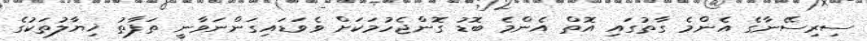
ސިރިސޭނާގެ އެންމެ ގާތުގައި އޮތް އެންމެ ބޮޑު ގޮންޖެހުމަކަށް ވެވަޑައިގަންނަވާނީ ތަފާތު ޚިޔާލުތަކުގެ